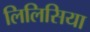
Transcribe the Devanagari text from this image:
लिलिसिया